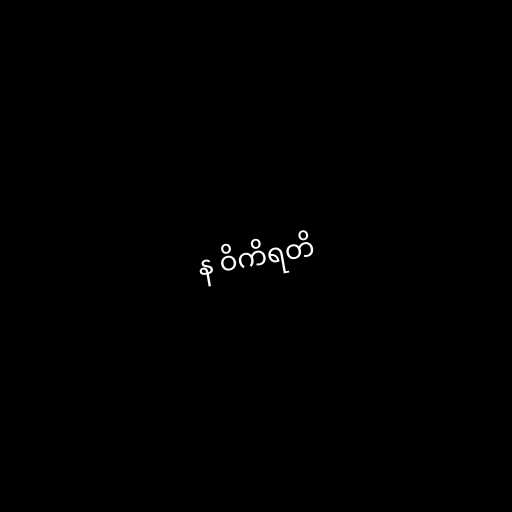
န ဝိကိရတိ